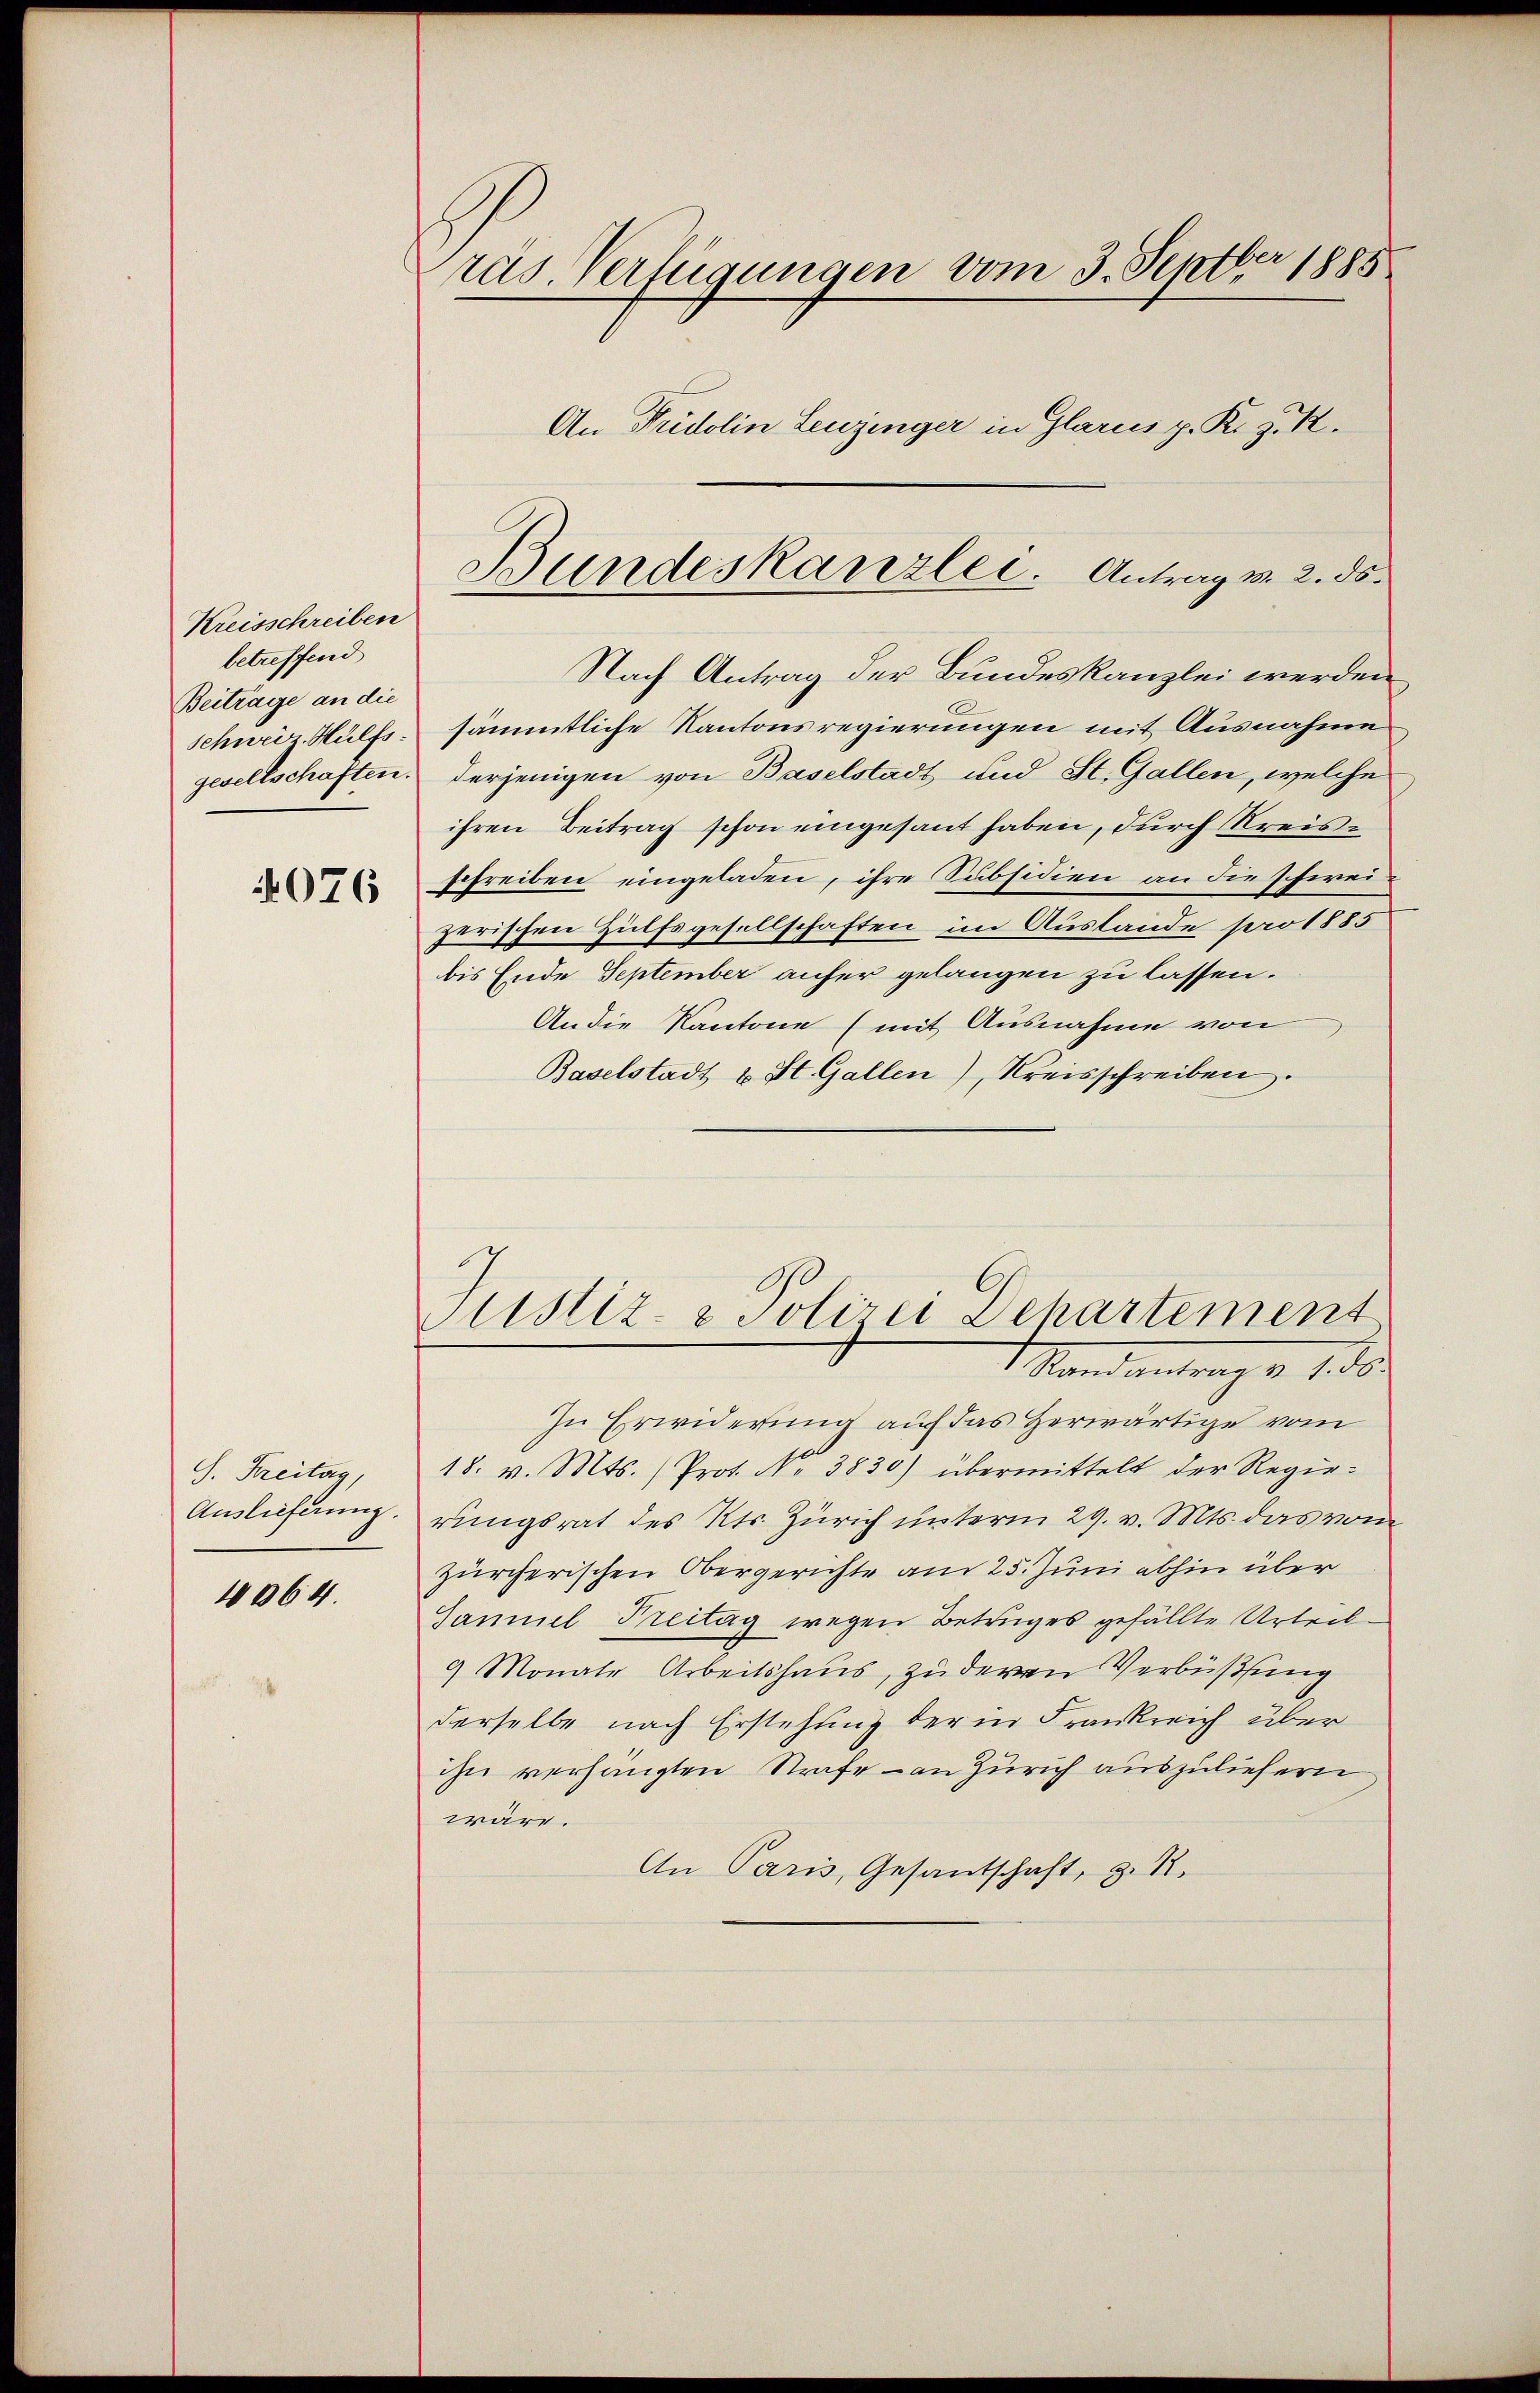
Kreisschreiben
betreffend
Beitrage an die
Schweiz. Hülfs
4076

S. Freitag,
Auslieferung.
4064.

räs. Verfügungen vom 3. Septber 1885
An Fridolin Leuzinger in Glarus p. K. J. R.

Nach Antrag der Bundeskanzlei werden
sämmtliche Kantonsregierungen mit Ausnahme
gesellschaften. Derjenigen von Baselstadt und St. Gallen, welche
ihren Beitrag schon eingesant haben, durch Kreisschreiben eingeladen, ihre Subsidien an die schweizerischen Hülfsgesellschaften im Auslande pro 1885
bis Ende September anher gelangen zu lassen.
An die Kantone (mit Ausnahme von
Baselstadt u St. Gallen), Kreisschreiben.

Bundeskanzlei. Antrag v. 2. ds.

Justiz- & Polizei Dehartement
Mandantrag v. 1. ds.

In Erwiderung auf das Herwärtige vom
18. v. Mts. (Prot. No. 3830) übermittelt der Regierungsrat des Kts. Zürich unterm 29. v. Mts. das vom
Zürcherischen Obergerichte am 25. Juni abhin über
Ganniel Freitag wegen Betruges gefällte Urteil¬
9 Monate Arbeitshaus, zuderen Verbüßung
derselbe nach Erstehung der in Frankreich über
ihn verhängten Strafe - an Zürich auszuliefern
wäre.
An Paris, Gesantschaft, z. 12.